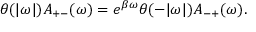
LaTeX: \theta ( | \omega | ) A _ { + - } ( \omega ) = e ^ { \beta \omega } \theta ( - | \omega | ) A _ { - + } ( \omega ) .